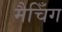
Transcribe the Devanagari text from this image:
मैचिँग